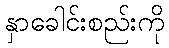
နှာခေါင်းစည်းကို